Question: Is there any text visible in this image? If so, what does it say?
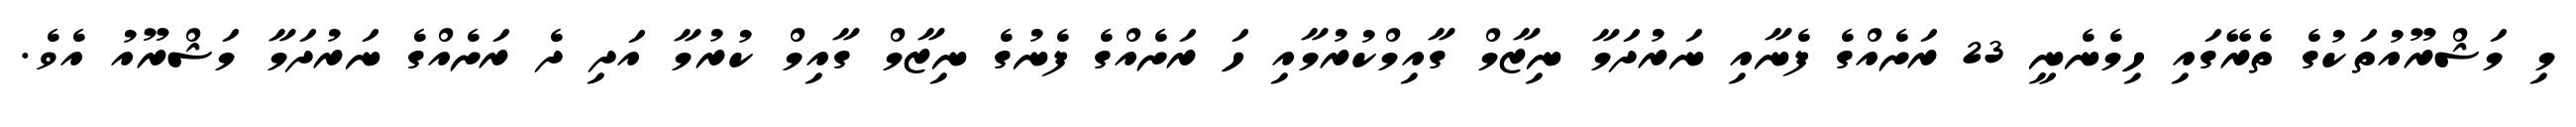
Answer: މި މަޝްރޫއުތަކުގެ ތެރޭގައި ހިމެނެނީ 23 ރަށެއްގެ ފެނާއި ނަރުދަމާ ނިޒާމް ގާއިމްކުރުމާއި ހަ ރަށެއްގެ ފެނުގެ ނިޒާމް ގާއިމް ކުރުމާ އަދި ދެ ރަށެއްގެ ނަރުދަމާ މަޝްރޫއު އެވެ.